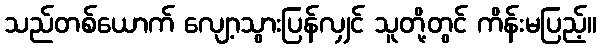
သည်တစ်ယောက် လျော့သွားပြန်လျှင် သူတို့တွင် ကိန်းမပြည့်။